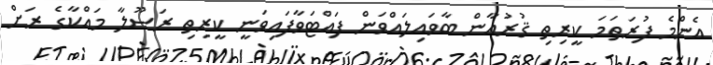
އެންމެ ފުރަތަމަ ކީރިތި ޤުރުއާން ބާވައިލައްވަން ފައްޓަވާފައިވަނީ ކީރިތި ރަސޫލާ މައްކާގެ ރަށް